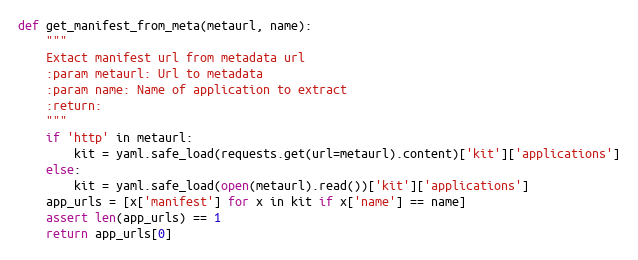
Language: Python
def get_manifest_from_meta(metaurl, name):
    """
    Extact manifest url from metadata url
    :param metaurl: Url to metadata
    :param name: Name of application to extract
    :return:
    """
    if 'http' in metaurl:
        kit = yaml.safe_load(requests.get(url=metaurl).content)['kit']['applications']
    else:
        kit = yaml.safe_load(open(metaurl).read())['kit']['applications']
    app_urls = [x['manifest'] for x in kit if x['name'] == name]
    assert len(app_urls) == 1
    return app_urls[0]